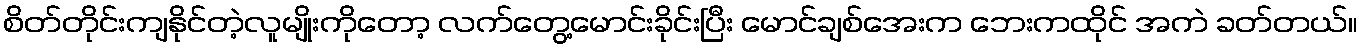
စိတ်တိုင်းကျနိုင်တဲ့လူမျိုးကိုတော့ လက်တွေ့မောင်းခိုင်းပြီး မောင်ချစ်အေးက ဘေးကထိုင် အကဲ ခတ်တယ်။